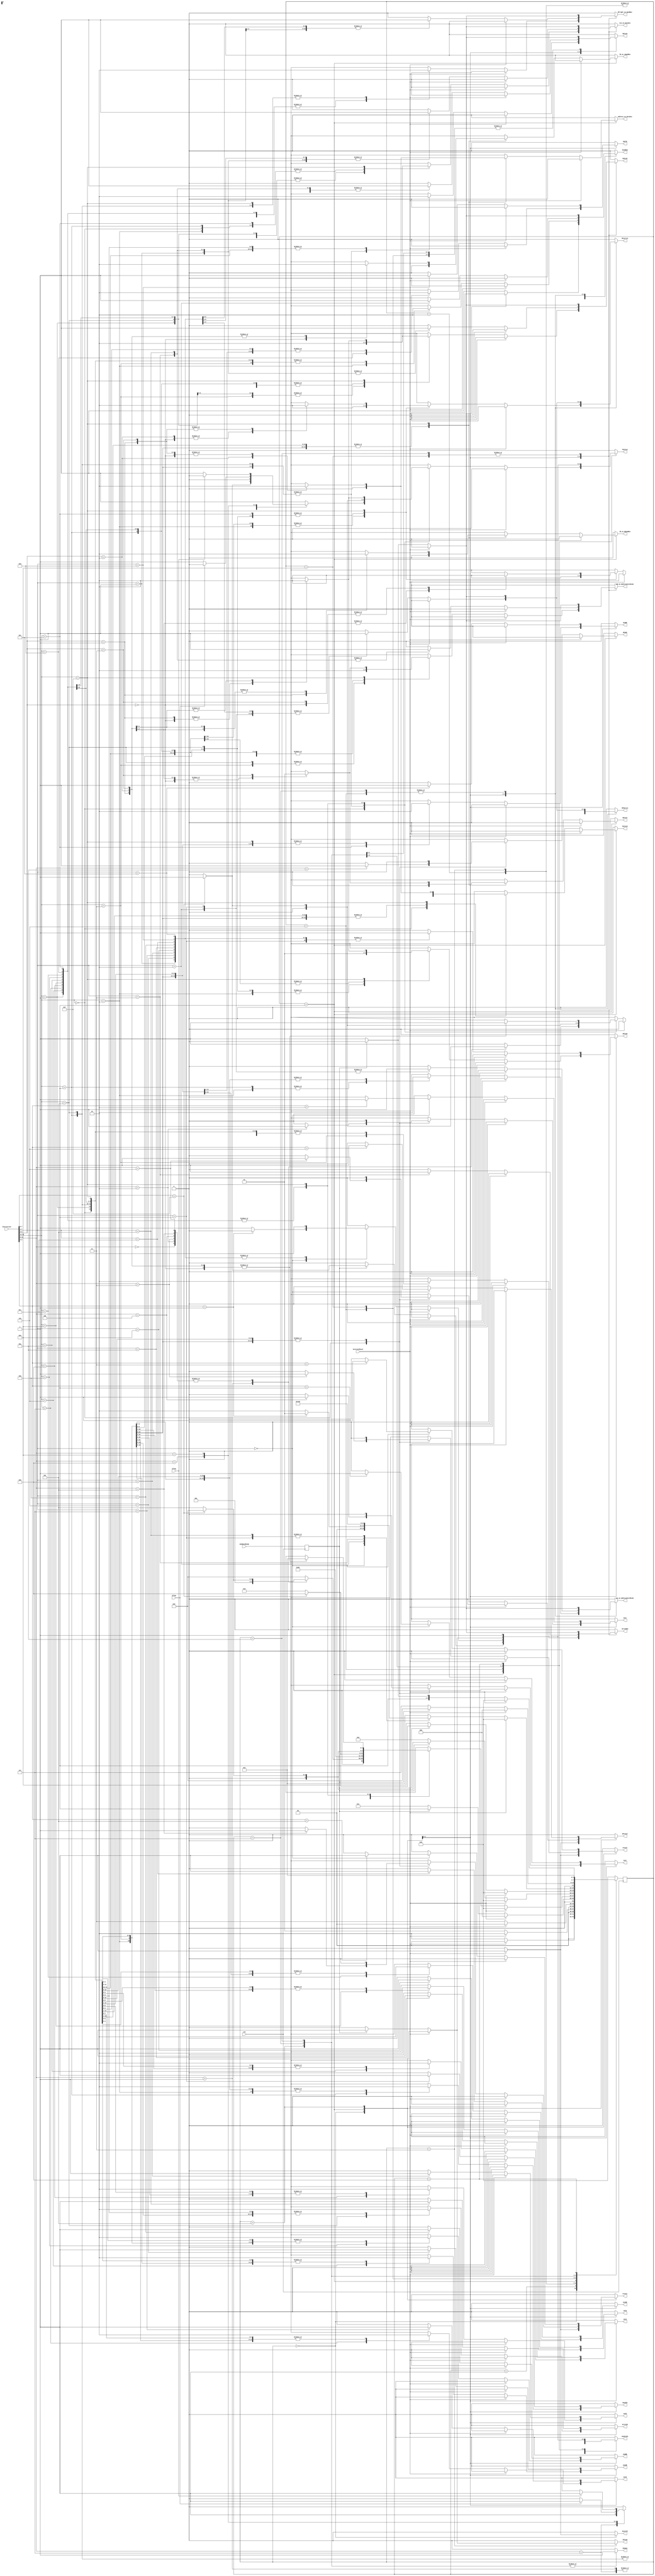
//----------------------------------------------------------------------
//--SAYEH (Simple Architecture Yet Enough Hardware) CPU
//----------------------------------------------------------------------
//Controller

`timescale 1 ns /1 ns

module controller (
	ExternalReset, clk,
    ResetPC, PCplusI, PCplus1, RplusI, Rplus0,
    Rs_on_AddressUnitRSide, Rd_on_AddressUnitRSide, EnablePC, 
    B15to0, AandB, AorB, notB, shlB, shrB, AaddB, AsubB, AmulB, AcmpB,
    RFLwrite, RFHwrite,
    WPreset, WPadd, IRload, SRload, 
    Address_on_Databus, ALU_on_Databus, IR_on_LOpndBus, IR_on_HOpndBus, RFright_on_OpndBus,
    ReadMem, WriteMem, ReadIO, WriteIO, Cset, Creset, Zset, Zreset, Shadow,
	Instruction,
	Cflag, Zflag, memDataReady
);

input ExternalReset, clk;
output
   	ResetPC, PCplusI, PCplus1, RplusI, Rplus0,
   	Rs_on_AddressUnitRSide, Rd_on_AddressUnitRSide, EnablePC, 
    B15to0, AandB, AorB, notB, shlB, shrB, AaddB, AsubB, AmulB, AcmpB,
    RFLwrite, RFHwrite,
    WPreset, WPadd, IRload, SRload, 
    Address_on_Databus, ALU_on_Databus, IR_on_LOpndBus, IR_on_HOpndBus, RFright_on_OpndBus,
    ReadMem, WriteMem, ReadIO, WriteIO, Cset, Creset, Zset, Zreset, Shadow;
reg
	ResetPC, PCplusI, PCplus1, RplusI, Rplus0,
	Rs_on_AddressUnitRSide, Rd_on_AddressUnitRSide, EnablePC, 
    B15to0, AandB, AorB, notB, shlB, shrB, AaddB, AsubB, AmulB, AcmpB,
    RFLwrite, RFHwrite,
    WPreset, WPadd, IRload, SRload, 
    Address_on_Databus, ALU_on_Databus, IR_on_LOpndBus,IR_on_HOpndBus, RFright_on_OpndBus,
    ReadMem, WriteMem, ReadIO, WriteIO, Cset, Creset, Zset, Zreset, Shadow;
    
input[15:0] Instruction;
input Cflag, Zflag, memDataReady;

parameter [3:0]
	reset = 0,
	halt = 1,
	fetch = 2,
	memread = 3,
	exec1 = 4,
	exec2 = 5,
	exec1lda = 6,
	exec2lda = 7,
	incpc = 8,
	exec1sta = 9,
	exec2sta = 10;

parameter b0000 = 4'b0000;
parameter b1111 = 4'b1111;

parameter nop = 4'b0000;
parameter hlt = 4'b0001;
parameter szf = 4'b0010;
parameter czf = 4'b0011;
parameter scf = 4'b0100;
parameter ccf = 4'b0101;
parameter cwp = 4'b0110;
parameter jpr = 4'b0111;
parameter brz = 4'b1000;
parameter brc = 4'b1001;
parameter awp = 4'b1010;

parameter mvr = 4'b0001;
parameter lda = 4'b0010;
parameter sta = 4'b0011;
parameter inp = 4'b0100;
parameter oup = 4'b0101;
parameter anl = 4'b0110;
parameter orr = 4'b0111;
parameter nol = 4'b1000;
parameter shl = 4'b1001;
parameter shr = 4'b1010;
parameter add = 4'b1011;
parameter sub = 4'b1100;
parameter mul = 4'b1101;
parameter cmp = 4'b1110;

parameter mil = 2'b00;
parameter mih = 2'b01;
parameter spc = 2'b10;
parameter jpa = 2'b11;

reg[3:0] Pstate, Nstate;
reg Regd_MemDataReady;

wire ShadowEn = ~(Instruction[7:0] == 8'b00001111);

//--------------------------------------------------------------------


	always @ (Instruction or Pstate or ExternalReset or Cflag or Zflag or Regd_MemDataReady)
	begin    
		ResetPC 			   = 1'b0;
		PCplusI 			   = 1'b0;
		PCplus1 			   = 1'b0;
		RplusI 				   = 1'b0;
		Rplus0  			   = 1'b0;
		EnablePC 			   = 1'b0;
		B15to0 				   = 1'b0;
		AandB 				   = 1'b0;
		AorB 				   = 1'b0;
		notB 				   = 1'b0;
		shrB 				   = 1'b0;
		shlB 				   = 1'b0;
		AaddB  				   = 1'b0;
		AsubB 				   = 1'b0;
		AmulB  				   = 1'b0;
		AcmpB  				   = 1'b0;
		RFLwrite			   = 1'b0;
		RFHwrite 			   = 1'b0;
		WPreset				   = 1'b0;
		WPadd				   = 1'b0;
		IRload 				   = 1'b0;
		SRload  			   = 1'b0;
		Address_on_Databus 	   = 1'b0;
		ALU_on_Databus 		   = 1'b0;
		IR_on_LOpndBus 		   = 1'b0;
		IR_on_HOpndBus		   = 1'b0;
		RFright_on_OpndBus 	   = 1'b0;
		ReadMem 			   = 1'b0;
		WriteMem 			   = 1'b0;
		ReadIO 				   = 1'b0;
		WriteIO 			   = 1'b0;
		Shadow				   = 1'b0;
		Cset				   = 1'b0;
		Creset				   = 1'b0;
		Zset				   = 1'b0;
		Zreset				   = 1'b0;
		Rs_on_AddressUnitRSide = 1'b0;
		Rd_on_AddressUnitRSide = 1'b0;

		case (Pstate)
		reset : // 0000
			if(ExternalReset == 1'b1) begin
				WPreset = 1'b1;
				ResetPC = 1'b1;
				EnablePC=1'b1;
				Creset = 1'b1;
				Zreset = 1'b1;
				Nstate = reset;
			end
			else
				Nstate = fetch;

		halt : // 0001
			if(ExternalReset == 1'b1)
				Nstate = fetch;
			else
				Nstate = halt;

		fetch : // 0010
			if(ExternalReset == 1'b1)
				Nstate = reset;
			else begin
				ReadMem = 1'b1;
				Nstate = memread;
			end 

		memread : // 0011
			if(ExternalReset == 1'b1)
				Nstate = reset;
			else begin
				if (Regd_MemDataReady == 1'b0) begin
					ReadMem = 1'b1;
					Nstate = memread;
				end
				else begin   
					ReadMem = 1'b1;
					IRload = 1'b1;   
					Nstate = exec1;
				end
			end

		exec1 : // 0100
			if(ExternalReset == 1'b1)
				Nstate = reset;
			else begin
				case (Instruction[15:12])
				4'b0000 :
					case (Instruction[11:8]) 
					nop :
						if (ShadowEn==1'b1)  
							Nstate = exec2;
						else begin
							PCplus1 = 1'b1;
							EnablePC=1'b1;
							Nstate = fetch;
						end

					hlt :
						Nstate = halt;

					szf : begin
						Zset = 1'b1;
						if (ShadowEn==1'b1)  
							Nstate = exec2;
						else begin
							PCplus1 = 1'b1;
							EnablePC=1'b1;
							Nstate = fetch; 
						end
					end

					czf : begin
						Zreset = 1'b1;
						if (ShadowEn==1'b1)  
							Nstate = exec2;
						else begin
							PCplus1 = 1'b1;
							EnablePC=1'b1;
							Nstate = fetch; 
						end
					end

					scf : begin
						Cset = 1'b1;
						if (ShadowEn==1'b1)  
							Nstate = exec2;
						else begin
							PCplus1 = 1'b1;
							EnablePC=1'b1;
							Nstate = fetch; 
						end
					end

					ccf : begin
						Creset = 1'b1;
						if (ShadowEn==1'b1)  
							Nstate = exec2;
						else begin
							PCplus1 = 1'b1;
							EnablePC=1'b1;
							Nstate = fetch; 
						end
					end

					cwp : begin
						WPreset = 1'b1;
						if (ShadowEn==1'b1)  
							Nstate = exec2;
						else begin
							PCplus1 = 1'b1;
							EnablePC=1'b1;
							Nstate = fetch; 
						end
					end

					jpr : begin
						PCplusI = 1'b1;
						EnablePC=1'b1;
						Nstate = fetch;
					end

					brz : begin
						if(Zflag == 1'b1) begin
							PCplusI = 1'b1;
							EnablePC=1'b1;
						end
						else begin
							PCplus1 = 1'b1;
							EnablePC=1'b1;
						end
						Nstate = fetch;
					end

					brc : begin
						if(Cflag == 1'b1) begin 
							PCplusI = 1'b1;
							EnablePC=1'b1;
						end
						else begin
							PCplus1 = 1'b1;
							EnablePC=1'b1;
						end  
						Nstate = fetch;
					end

					awp : begin
						PCplus1 = 1'b1;
						EnablePC = 1'b1;
						WPadd = 1'b1;
						Nstate = fetch;
					end

					default: begin
						PCplus1 = 1'b1;
						EnablePC = 1'b1;
						Nstate = fetch;
					end
					endcase

				mvr : begin
					RFright_on_OpndBus = 1'b1;
					B15to0 = 1'b1;
					ALU_on_Databus = 1'b1;
					RFLwrite = 1'b1;
					RFHwrite = 1'b1;
					SRload = 1'b1;
					if (ShadowEn==1'b1)  
						Nstate = exec2;
					else begin
						PCplus1 = 1'b1;
						EnablePC=1'b1;
						Nstate = fetch; 
					end
				end

				lda : begin
					Rplus0 = 1'b1;
					Rs_on_AddressUnitRSide = 1'b1;
					ReadMem = 1'b1;
            RFLwrite = 1'b1;
            RFHwrite = 1'b1;
					Nstate = exec1lda;
				end

				sta : begin
					Rplus0 = 1'b1;
					Rd_on_AddressUnitRSide = 1'b1;
					RFright_on_OpndBus = 1'b1;
					B15to0 = 1'b1;
					ALU_on_Databus = 1'b1;
					WriteMem = 1'b1;
            Nstate = exec1sta;
//					if (ShadowEn==1'b1)  
//						Nstate = exec2;
//					else
//						Nstate = incpc; 
				end

				inp : begin
					Rplus0 = 1'b1;
					Rs_on_AddressUnitRSide = 1'b1;
					ReadIO = 1'b1;
					RFLwrite = 1'b1;
					RFHwrite = 1'b1;
					SRload = 1'b1;
					if (ShadowEn==1'b1)  
						Nstate = exec2;
					else
						Nstate = incpc; 
				end

				oup : begin
					Rplus0 = 1'b1;
					Rd_on_AddressUnitRSide = 1'b1;
					B15to0 = 1'b1;
					ALU_on_Databus = 1'b1;
					WriteIO = 1'b1;
					if (ShadowEn==1'b1)  
						Nstate = exec2;
					else
						Nstate = incpc; 
				end

				anl : begin
					RFright_on_OpndBus = 1'b1;
					AandB = 1'b1;
					ALU_on_Databus = 1'b1;
					RFLwrite = 1'b1;
					RFHwrite = 1'b1;
					SRload = 1'b1;
					if (ShadowEn==1'b1)  
						Nstate = exec2;
					else begin
						PCplus1 = 1'b1;
						EnablePC=1'b1;
						Nstate = fetch; 
					end
				end

				orr : begin
					RFright_on_OpndBus = 1'b1;
					AorB = 1'b1;
					ALU_on_Databus = 1'b1;
					RFLwrite = 1'b1;
					RFHwrite = 1'b1;
					SRload = 1'b1;
					if (ShadowEn==1'b1)  
						Nstate = exec2;
					else begin
						PCplus1 = 1'b1;
						EnablePC=1'b1;
						Nstate = fetch; 
					end
				end

				nol : begin
					RFright_on_OpndBus = 1'b1;
					notB = 1'b1;
					ALU_on_Databus = 1'b1;
					RFLwrite = 1'b1;
					RFHwrite = 1'b1;
					SRload = 1'b1;
					if (ShadowEn==1'b1)
						Nstate = exec2;
					else begin
						PCplus1 = 1'b1;
						EnablePC=1'b1;
						Nstate = fetch; 
					end
				end

				shl : begin
					RFright_on_OpndBus = 1'b1;
					shlB = 1'b1;
					ALU_on_Databus = 1'b1;
					RFLwrite = 1'b1;
					RFHwrite = 1'b1;
					SRload = 1'b1;
					if (ShadowEn==1'b1)  
						Nstate = exec2;
					else begin
						PCplus1 = 1'b1;
						EnablePC=1'b1;
						Nstate = fetch; 
					end
				end

				shr : begin
					RFright_on_OpndBus = 1'b1;
					shrB = 1'b1;
					ALU_on_Databus = 1'b1;
					RFLwrite = 1'b1;
					RFHwrite = 1'b1;
					SRload = 1'b1;
					if (ShadowEn==1'b1)  
						Nstate = exec2;
					else begin
						PCplus1 = 1'b1;
						EnablePC=1'b1;
						Nstate = fetch; 
					end
				end

				add : begin
					RFright_on_OpndBus = 1'b1;
					AaddB = 1'b1;
					ALU_on_Databus = 1'b1;
					RFLwrite = 1'b1;
					RFHwrite = 1'b1;
					SRload = 1'b1;
					if (ShadowEn==1'b1)  
						Nstate = exec2;
					else begin
						PCplus1 = 1'b1;
						EnablePC=1'b1;
						Nstate = fetch; 
					end
				end

				sub : begin
					RFright_on_OpndBus = 1'b1;
					AsubB = 1'b1;
					ALU_on_Databus = 1'b1;
					RFLwrite = 1'b1;
					RFHwrite = 1'b1;
					SRload = 1'b1;
					if (ShadowEn==1'b1)  
						Nstate = exec2;
					else begin
						PCplus1 = 1'b1;
						EnablePC=1'b1;
						Nstate = fetch; 
					end
				end

				mul : begin
					RFright_on_OpndBus = 1'b1;
					AmulB = 1'b1;
					ALU_on_Databus = 1'b1;
					RFLwrite = 1'b1;
					RFHwrite = 1'b1;
					SRload = 1'b1;
					if (ShadowEn==1'b1)  
						Nstate = exec2;
					else begin
						PCplus1 = 1'b1;
						EnablePC=1'b1;
						Nstate = fetch; 
					end
				end

				cmp : begin
					RFright_on_OpndBus = 1'b1;
					AcmpB = 1'b1;
					SRload = 1'b1;
					if (ShadowEn==1'b1)  
						Nstate = exec2;
					else begin
						PCplus1 = 1'b1;
						EnablePC=1'b1;
						Nstate = fetch; 
					end
				end

				4'b1111 :
					case (Instruction[9: 8]) 
					mil : begin
						IR_on_LOpndBus = 1'b1;
						ALU_on_Databus = 1'b1;
						B15to0 = 1'b1;
						RFLwrite = 1'b1;
						SRload = 1'b1;
						PCplus1 = 1'b1;
						EnablePC=1'b1;
						Nstate = fetch;
					end

					mih : begin
						IR_on_HOpndBus = 1'b1;
						ALU_on_Databus = 1'b1;
						B15to0 = 1'b1;
						RFHwrite = 1'b1;
						SRload = 1'b1;
						PCplus1 = 1'b1;
						EnablePC=1'b1;
						Nstate = fetch;
					end

					spc : begin
						PCplusI = 1'b1;
						Address_on_Databus = 1'b1;
						RFLwrite = 1'b1;
						RFHwrite = 1'b1;
						EnablePC=1'b1;
						Nstate = fetch;
					end

					jpa : begin
						Rd_on_AddressUnitRSide = 1'b1;
						RplusI = 1'b1;
						EnablePC=1'b1;
						Nstate = fetch; 
					end

					default:
						Nstate = fetch;
					endcase

				default :
					Nstate = fetch;
				endcase
			end 

		exec1lda : 
			if(ExternalReset == 1'b1)
				Nstate = reset;
			else begin
				if (Regd_MemDataReady == 1'b0) begin
					Rplus0 = 1'b1;
					Rs_on_AddressUnitRSide = 1'b1;
					ReadMem = 1'b1;
			     RFLwrite = 1'b1;
            RFHwrite = 1'b1;
            Nstate = exec1lda;
				end
				else begin  
					if (ShadowEn==1'b1)  
						Nstate = exec2;
					else begin
						PCplus1 = 1'b1;
						EnablePC=1'b1;
						Nstate = fetch;
					end
				end
			end
	
		exec1sta :
		 if (ExternalReset ==1'b1) 
            Nstate = reset;
		 else begin
			 if (Regd_MemDataReady == 1'b0) begin
					   Rplus0 = 1'b1;
					   Rd_on_AddressUnitRSide = 1'b1;
					   RFright_on_OpndBus = 1'b1;
					   B15to0 = 1'b1;
					   ALU_on_Databus = 1'b1;
					   WriteMem = 1'b1;
					   Nstate = exec1sta;
			  end
			  else begin  
 			  if (ShadowEn == 1'b1)
  			  	  Nstate = exec2;
 			  else
 				   Nstate = incpc; 
				end
		end

		exec2 : begin // 0101
			Shadow=1'b1;
			if(ExternalReset == 1'b1)
				Nstate = reset;
			else begin
				case (Instruction[7:4])
				4'b0000 :
					case (Instruction[3: 0]) 
					hlt :
						Nstate = halt;

					szf : begin
						Zset = 1'b1;
						PCplus1 = 1'b1;
						EnablePC = 1'b1;
						Nstate = fetch;
					end

					czf : begin
						Zreset = 1'b1;
						PCplus1 = 1'b1;
						EnablePC = 1'b1;
						Nstate = fetch; 
					end

					scf : begin
						Cset = 1'b1;
						PCplus1 = 1'b1;
						EnablePC = 1'b1;
						Nstate = fetch; 
					end

					ccf : begin
						Creset = 1'b1;
						PCplus1 = 1'b1;
						EnablePC = 1'b1;
						Nstate = fetch; 
					end

					cwp : begin
						WPreset = 1'b1;
						PCplus1 = 1'b1;
						EnablePC = 1'b1;
						Nstate = fetch; 
					end

					default : begin
						PCplus1 = 1'b1;
						EnablePC = 1'b1;
						Nstate = fetch;
					end
					endcase
				mvr : begin
					RFright_on_OpndBus = 1'b1;
					B15to0 = 1'b1;
					ALU_on_Databus = 1'b1;
					RFLwrite = 1'b1;
					RFHwrite = 1'b1;
					SRload = 1'b1;
					PCplus1 = 1'b1;
					EnablePC = 1'b1;
					Nstate = fetch; 
				end

				lda : begin
					Rplus0 = 1'b1;
					Rs_on_AddressUnitRSide = 1'b1;
					ReadMem = 1'b1;
			     RFLwrite = 1'b1;
            RFHwrite = 1'b1;
					Nstate = exec2lda;
				end

				sta : begin
					Rplus0 = 1'b1;
					Rd_on_AddressUnitRSide = 1'b1;
					RFright_on_OpndBus = 1'b1;
					B15to0 = 1'b1;
					ALU_on_Databus = 1'b1;
					WriteMem = 1'b1;
					Nstate = exec2sta; 
				end

				inp : begin
					Rplus0 = 1'b1;
					Rs_on_AddressUnitRSide = 1'b1;
					ReadIO = 1'b1;
					RFLwrite = 1'b1;
					RFHwrite = 1'b1;
					SRload = 1'b1;
					Nstate = incpc; 
				end

				oup : begin
					Rplus0 = 1'b1;
					Rd_on_AddressUnitRSide = 1'b1;
					B15to0 = 1'b1;
					ALU_on_Databus = 1'b1;
					WriteIO = 1'b1;
					Nstate = incpc; 
				end

				anl : begin
					RFright_on_OpndBus = 1'b1;
					AandB = 1'b1;
					ALU_on_Databus = 1'b1;
					RFLwrite = 1'b1;
					RFHwrite = 1'b1;
					SRload = 1'b1;
					PCplus1 = 1'b1;
					EnablePC = 1'b1;
					Nstate = fetch; 
				end

				orr : begin
					RFright_on_OpndBus = 1'b1;
					AorB = 1'b1;
					ALU_on_Databus = 1'b1;
					RFLwrite = 1'b1;
					RFHwrite = 1'b1;
					SRload = 1'b1;
					PCplus1 = 1'b1;
					EnablePC = 1'b1;
					Nstate = fetch; 
				end

				nol : begin
					RFright_on_OpndBus = 1'b1;
					notB = 1'b1;
					ALU_on_Databus = 1'b1;
					RFLwrite = 1'b1;
					RFHwrite = 1'b1;
					SRload = 1'b1;
					PCplus1 = 1'b1;
					EnablePC = 1'b1;
					Nstate = fetch; 
				end

				shl : begin
					RFright_on_OpndBus = 1'b1;
					shlB = 1'b1;
					ALU_on_Databus = 1'b1;
					RFLwrite = 1'b1;
					RFHwrite = 1'b1;
					SRload = 1'b1;
					PCplus1 = 1'b1;
					EnablePC = 1'b1;
					Nstate = fetch; 
				end

				shr : begin
					RFright_on_OpndBus = 1'b1;
					shrB = 1'b1;
					ALU_on_Databus = 1'b1;
					RFLwrite = 1'b1;
					RFHwrite = 1'b1;
					SRload = 1'b1;
					PCplus1 = 1'b1;
					EnablePC = 1'b1;
					Nstate = fetch; 
				end

				add : begin
					RFright_on_OpndBus = 1'b1;
					AaddB = 1'b1;
					ALU_on_Databus = 1'b1;
					RFLwrite = 1'b1;
					RFHwrite = 1'b1;
					SRload = 1'b1;
					PCplus1 = 1'b1;
					EnablePC = 1'b1;
					Nstate = fetch; 
				end

				sub : begin
					RFright_on_OpndBus = 1'b1;
					AsubB = 1'b1;
					ALU_on_Databus = 1'b1;
					RFLwrite = 1'b1;
					RFHwrite = 1'b1;
					SRload = 1'b1;
					PCplus1 = 1'b1;
					EnablePC = 1'b1;
					Nstate = fetch; 
				end

				mul : begin
					RFright_on_OpndBus = 1'b1;
					AmulB = 1'b1;
					ALU_on_Databus = 1'b1;
					RFLwrite = 1'b1;
					RFHwrite = 1'b1;
					SRload = 1'b1;
					PCplus1 = 1'b1;
					EnablePC = 1'b1;
					Nstate = fetch; 
				end

				cmp : begin
					RFright_on_OpndBus = 1'b1;
					AcmpB = 1'b1;
					SRload = 1'b1;
					PCplus1 = 1'b1;
					EnablePC = 1'b1;
					Nstate = fetch; 
				end

				default:
					Nstate = fetch;

				endcase
			end
		end

		exec2lda : begin
			Shadow=1'b1;
			if(ExternalReset == 1'b1)
				Nstate = reset;
			else begin
				if (Regd_MemDataReady == 1'b0) begin
					Rplus0 = 1'b1;
					Rs_on_AddressUnitRSide = 1'b1;
					ReadMem = 1'b1;
            RFLwrite = 1'b1;
            RFHwrite = 1'b1;
					Nstate = exec2lda;
				end
				else begin   
					PCplus1 = 1'b1;
					EnablePC = 1'b1;
					Nstate = fetch;
				end
			end
		end

		exec2sta : begin
		 Shadow = 1'b1;
		 if (ExternalReset == 1'b1) 
            Nstate = reset;
		 else begin
			 if (Regd_MemDataReady == 1'b0) begin
					   Rplus0 = 1'b1;
					   Rd_on_AddressUnitRSide = 1'b1;
					   RFright_on_OpndBus = 1'b1;
					   B15to0 = 1'b1;
					   ALU_on_Databus = 1'b1;
					   WriteMem = 1'b1;
					   Nstate = exec1sta;
			  end
			  else begin  
					   Nstate = incpc; 
				end
			end

		end

		incpc : begin
			PCplus1 = 1'b1;
			EnablePC = 1'b1;
			Nstate = fetch;
		end
		
		default:  Nstate = reset;

		endcase
	end

	always @ (posedge clk) begin
		Regd_MemDataReady <= memDataReady;
		Pstate <= Nstate;
	end

endmodule